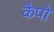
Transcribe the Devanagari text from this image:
कैपो